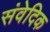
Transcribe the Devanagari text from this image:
संवेदिक